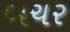
બચર